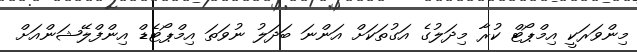
މިންވަރަކީ އިމްޕޯޓް ކުރާ މިދަލުގެ އަގުތަކަށް އަންނަ ބަދަލު ނުވަތަ އިމްޕޯޓެޑް އިންފްލޭޝަންއަށް